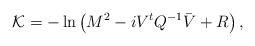
\begin{align*}{\cal K} = - \ln \left( M^2 - i V^t {Q}^{-1} \bar{V} + R \right),\end{align*}